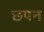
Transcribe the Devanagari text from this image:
छपन